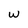
Character: W